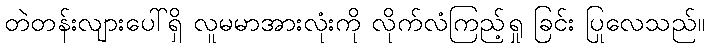
တဲတန်းလျားပေါ်ရှိ လူမမာအားလုံးကို လိုက်လံကြည့်ရှု ခြင်း ပြုလေသည်။